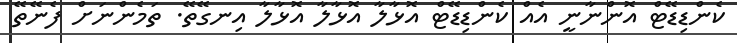
ކެންޑިޑޭޓް އޮންނާނީ އެއް ކެންޑިޑޭޓް އޮޅާލާ އޮޅާލާ އޮޅާލާ އިނގޭތޭ. ތަމެންނަަށް ފެނޭތޭ